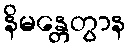
နိမန္တေတွာန